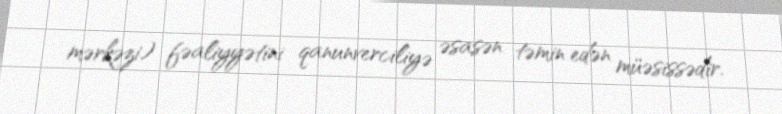
mərkəzi) fəaliyyətini qanunverciliyə əsasən təmin edən müəsissədir.